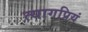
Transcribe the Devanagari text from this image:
त्यागप्रियं